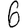
Digit: 6